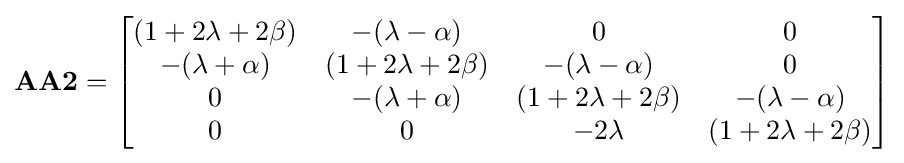
\mathbf {AA2} ={\begin{bmatrix}(1+2\lambda +2\beta )&-(\lambda -\alpha )&0&0\\-(\lambda +\alpha )&(1+2\lambda +2\beta )&-(\lambda -\alpha )&0\\0&-(\lambda +\alpha )&(1+2\lambda +2\beta )&-(\lambda -\alpha )\\0&0&-2\lambda &(1+2\lambda +2\beta )\end{bmatrix}}